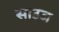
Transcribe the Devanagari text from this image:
साउज